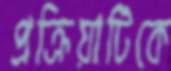
প্রক্রিয়াটিকে